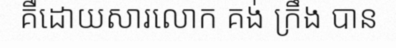
គឺដោយសារលោក គង់ ក្រឹង បាន